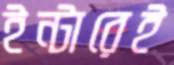
ইন্টারেই